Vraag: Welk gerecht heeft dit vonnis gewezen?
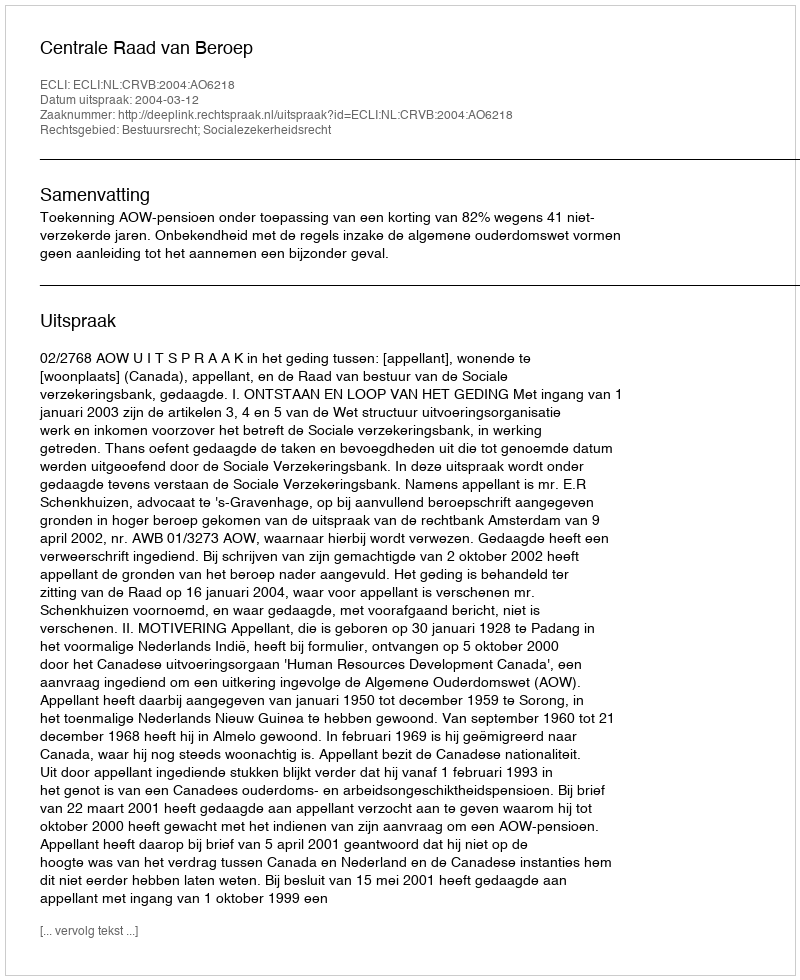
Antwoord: Centrale Raad van Beroep